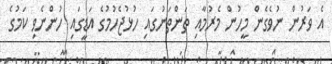
އެ ވަރުން ނުވެގެން މީހުން މެރުމާއި ތަންތަނުގައި ހުޅުޖެހުމުގެ އަޑީގައި ހުންނެވި ކަމުގެ